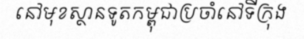
នៅមុខស្ថានទូតកម្ពុជាប្រចាំនៅទីក្រុង